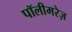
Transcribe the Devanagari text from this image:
पॉलीमरेज़